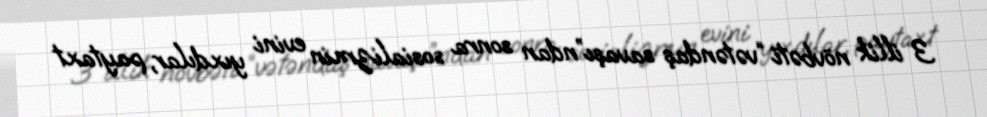
3 illik növbəti “vətəndaş savaşı”ndan sonra sosializmin evini yıxdılar, paytaxt